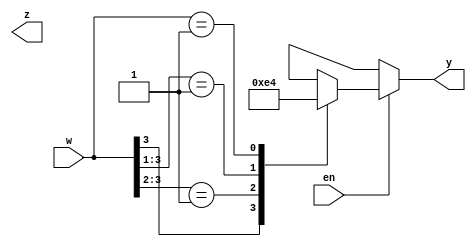

module priority_encoder_4x2
(
input [3:0]w,
input en,
output reg [1:0]y,
output z
);
always @(*)
begin
	y = 2'bxx; // default value
	if(en)
		casex (w)
			4'b1xxx: y = 2'b11;
			4'b01xx: y = 2'b10;
			4'b001x: y = 2'b01;
			4'b0001: y = 2'b00;
			default: y = 2'bxx;
		endcase
	else
		y = 2'bxx;
		
end
endmodule